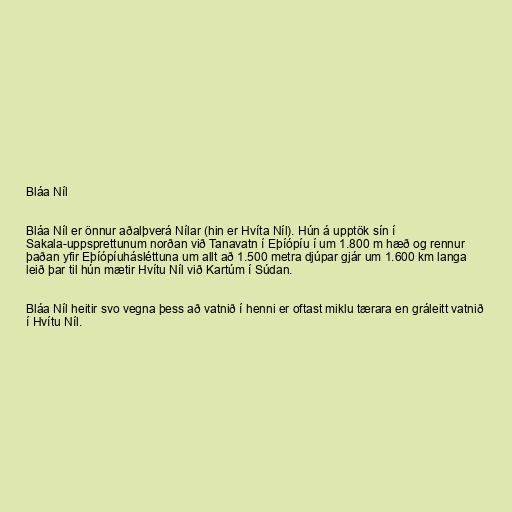
Bláa Níl

Bláa Níl er önnur aðalþverá Nílar (hin er Hvíta Níl). Hún á upptök sín í
Sakala-uppsprettunum norðan við Tanavatn í Eþíópíu í um 1.800 m hæð og rennur
þaðan yfir Eþíópíuhásléttuna um allt að 1.500 metra djúpar gjár um 1.600 km langa
leið þar til hún mætir Hvítu Níl við Kartúm í Súdan.

Bláa Níl heitir svo vegna þess að vatnið í henni er oftast miklu tærara en gráleitt vatnið
í Hvítu Níl.